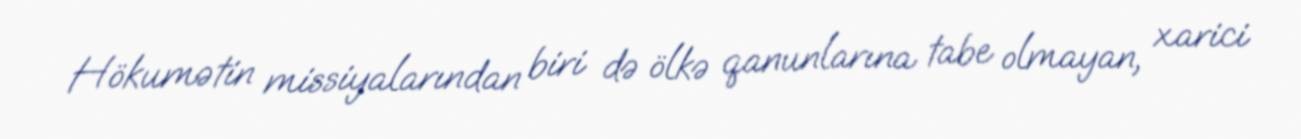
Hökumətin missiyalarından biri də ölkə qanunlarına tabe olmayan, xarici